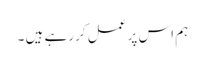
ہم اس پر عمل کررہے ہیں ۔